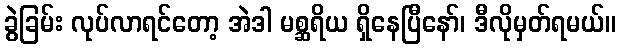
ခွဲခြမ်း လုပ်လာရင်တော့ အဲဒါ မစ္ဆရိယ ရှိနေပြီနော်၊ ဒီလိုမှတ်ရမယ်။